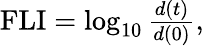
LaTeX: \begin{array}{r}{\textrm{FLI}=\log_{10}\frac{d(t)}{d(0)},}\end{array}